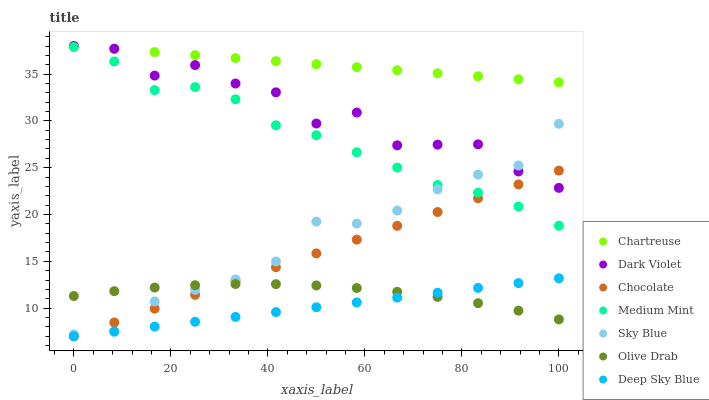
| xaxis_label | Chartreuse | Dark Violet | Chocolate | Medium Mint | Sky Blue | Olive Drab | Deep Sky Blue |
 | --- | --- | --- | --- | --- | --- | --- | --- |
 | 0 | 38 | 38 | 7 | 37.9 | 7.19 | 11.3 | 7 |
 | 8.33 | 37.7 | 37.7 | 8.47 | 36.3 | 7.47 | 11.8 | 7.52 |
 | 16.7 | 37.4 | 34.8 | 9.95 | 33.3 | 10.7 | 12.2 | 8.03 |
 | 25 | 37 | 36 | 11.4 | 33.6 | 12 | 12.5 | 8.55 |
 | 33.3 | 36.7 | 34 | 12.9 | 32.3 | 13.1 | 12.6 | 9.06 |
 | 41.7 | 36.4 | 33.1 | 14.4 | 29.5 | 15 | 12.6 | 9.58 |
 | 50 | 36.1 | 29.7 | 15.8 | 28.5 | 19.2 | 12.4 | 10.1 |
 | 58.3 | 35.7 | 30.9 | 17.3 | 26.7 | 19 | 12.1 | 10.6 |
 | 66.7 | 35.4 | 27.4 | 18.8 | 25 | 20.4 | 11.7 | 11.1 |
 | 75 | 35.1 | 27.5 | 20.3 | 23.2 | 22.7 | 11.2 | 11.6 |
 | 83.3 | 34.8 | 27.5 | 21.7 | 22.3 | 24.3 | 10.5 | 12.2 |
 | 91.7 | 34.4 | 24.6 | 23.2 | 20.9 | 25.2 | 9.73 | 12.7 |
 | 100 | 34.1 | 22.8 | 24.7 | 18.8 | 29.7 | 8.8 | 13.2 |